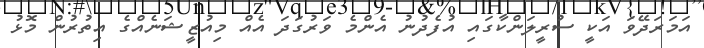
އަމަރަދޭވަ އަކީ ސުރީލަންކާގައި އުފެދުނު އެންމެ ވަރުގަދަ އެއް މިއުޒީޝަނެއްގެ އިތުރުން މޮޅު